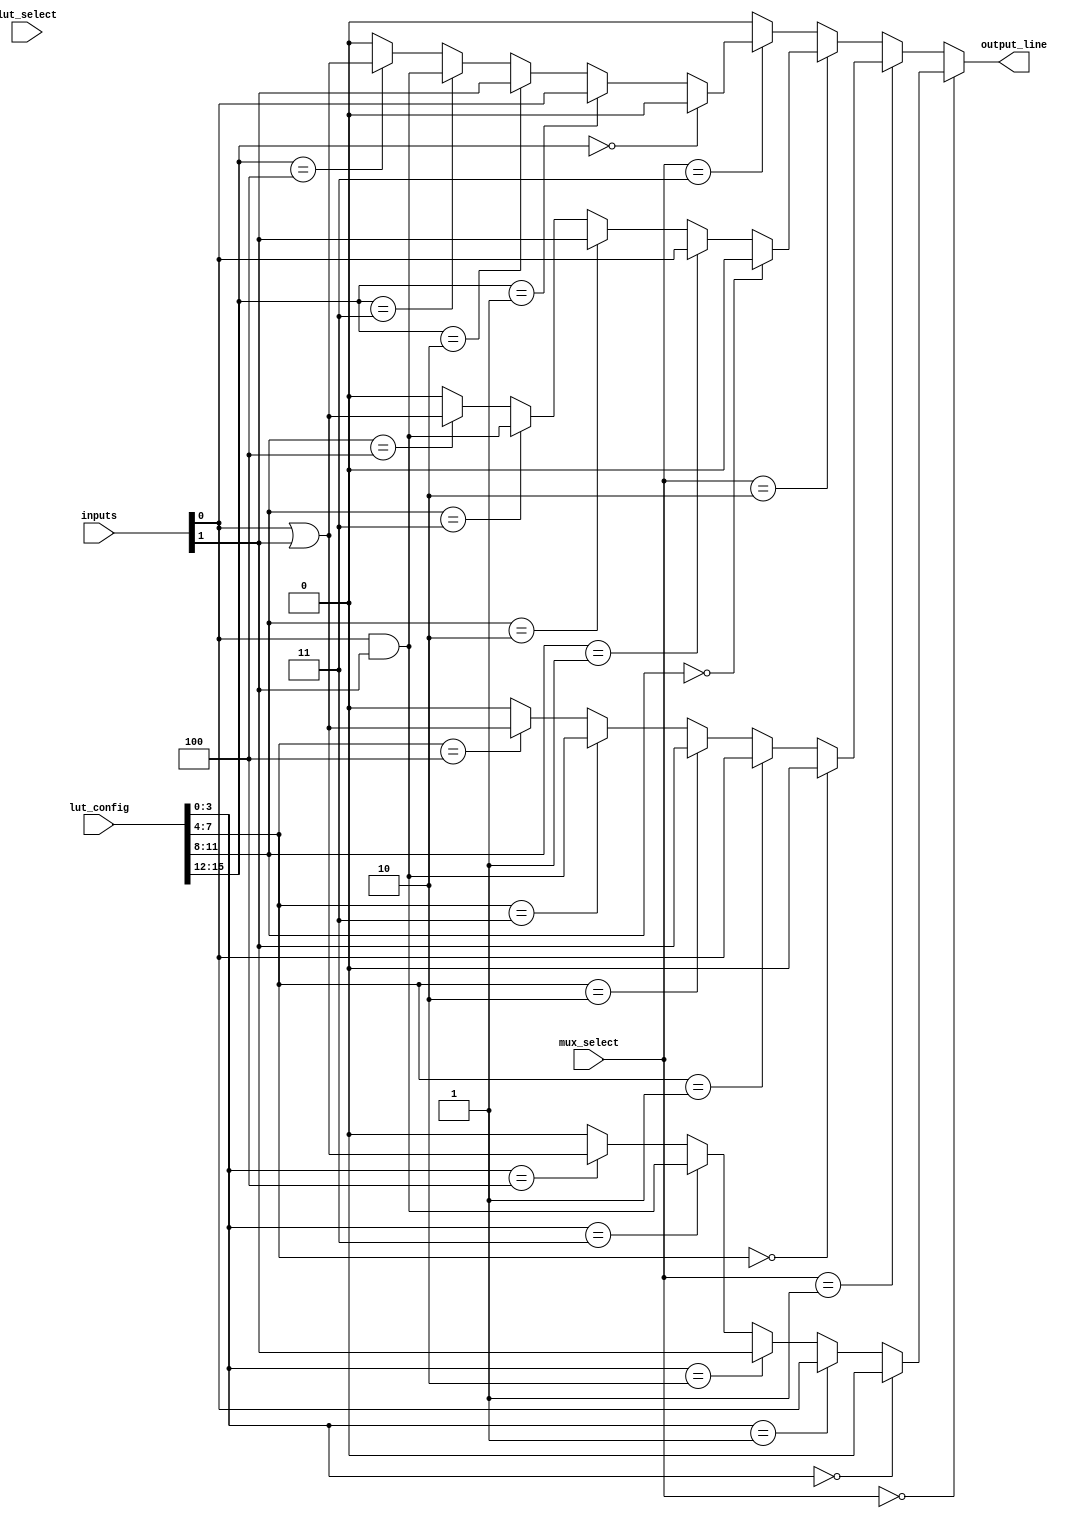
module CLB (
    input wire [3:0] inputs,          // 4 input lines
    input wire [1:0] lut_select,      // Select signal for LUTs
    input wire [1:0] mux_select,      // Select signal for MUX
    input wire [15:0] lut_config,      // Configuration for LUTs (16 possible functions)
    output wire output_line            // Output line
);

// LUTs - 4 LUTs for this example
wire [3:0] lut_outputs;

// LUT implementation
generate
    genvar i;
    for (i = 0; i < 4; i = i + 1) begin : lut
        assign lut_outputs[i] = lut_config[i * 4 +: 4] == 4'b0000 ? 0 :
                                 lut_config[i * 4 +: 4] == 4'b0001 ? inputs[0] :
                                 lut_config[i * 4 +: 4] == 4'b0010 ? inputs[1] :
                                 lut_config[i * 4 +: 4] == 4'b0011 ? inputs[0] & inputs[1] :
                                 lut_config[i * 4 +: 4] == 4'b0100 ? inputs[0] | inputs[1] :
                                 // Add more configurations as needed
                                 0; // Default case
    end
endgenerate

// MUX implementation
wire mux_output;
assign mux_output = (mux_select == 2'b00) ? lut_outputs[0] :
                    (mux_select == 2'b01) ? lut_outputs[1] :
                    (mux_select == 2'b10) ? lut_outputs[2] :
                    (mux_select == 2'b11) ? lut_outputs[3] :
                    0; // Default case

// Output assignment
assign output_line = mux_output;

endmodule